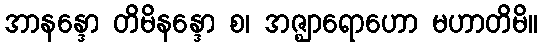
အာနန္ဒော တိမိနန္ဒော စ၊ အဇ္ဈာရောဟော မဟာတိမိ။